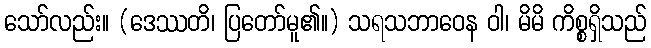
သော်လည်း။ (ဒေဿတိ၊ ပြတော်မူ၏။) သရသဘာဝေန ဝါ၊ မိမိ ကိစ္စရှိသည်